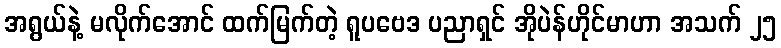
အရွယ်နဲ့ မလိုက်အောင် ထက်မြက်တဲ့ ရူပဗေဒ ပညာရှင် အိုပဲန်ဟိုင်မာဟာ အသက် ၂၅